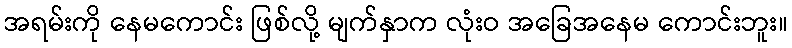
အရမ်းကို နေမကောင်း ဖြစ်လို့ မျက်နှာက လုံးဝ အခြေအနေမ ကောင်းဘူး။